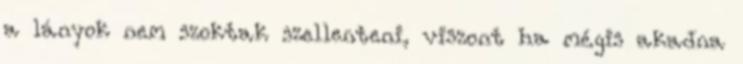
a lányok nem szoktak szellenteni, viszont ha mégis akadna